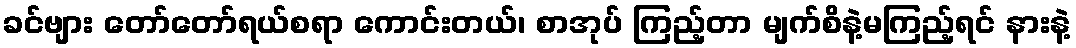
ခင်ဗျား တော်တော်ရယ်စရာ ကောင်းတယ်၊ စာအုပ် ကြည့်တာ မျက်စိနဲ့မကြည့်ရင် နားနဲ့